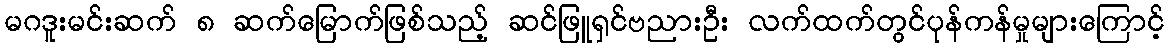
မဂဒူးမင်းဆက် ၈ ဆက်မြောက်ဖြစ်သည့် ဆင်ဖြူရှင်ဗညားဦး လက်ထက်တွင်ပုန်ကန်မှုများကြောင့်